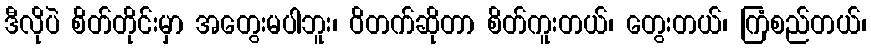
ဒီလိုပဲ စိတ်တိုင်းမှာ အတွေးမပါဘူး၊ ဝိတက်ဆိုတာ စိတ်ကူးတယ်၊ တွေးတယ်၊ ကြံစည်တယ်၊